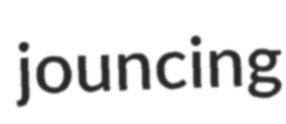
jouncing